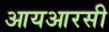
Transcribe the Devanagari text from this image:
आयआरसी